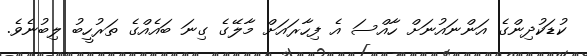
ކުޑަކުދިންގެ އަންނައުނަށް ހާއްސަ އެ ފިހާރައަށް މާލޭގެ ގިނަ ބައެއްގެ ތަރުހީބު ލިބުނެވެ.